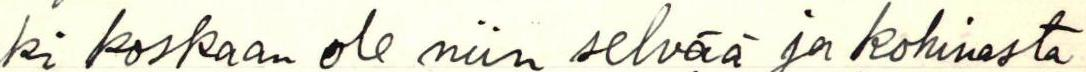
ki koskaan ole niin selvää ja kohinasta